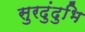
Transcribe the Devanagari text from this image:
सुरदुंदुभि